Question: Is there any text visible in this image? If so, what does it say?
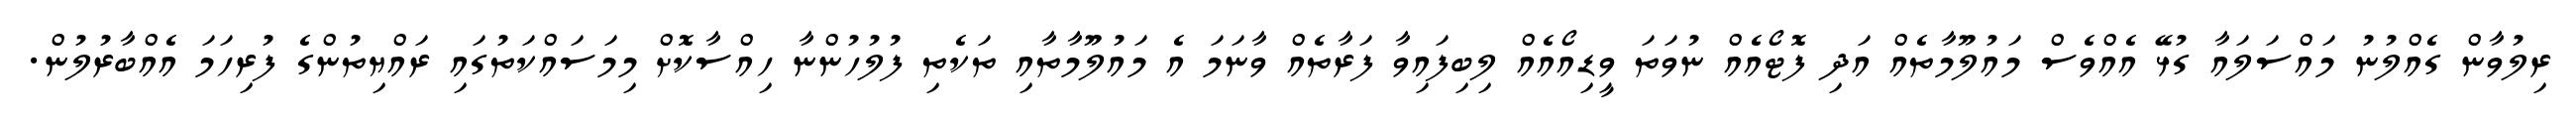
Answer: ރިލުވާން ގެއްލުނު މައްސަލައާ ގުޅޭ އެއްވެސް މައުލޫމާތެއް އަދި ފޮޓޯއެއް ނުވަތަ ވީޑިއޯއެއް ލިބިފައިވާ ފަރާތެއް ވާނަމަ އެ މައުލޫމާތާއި ތަކެތި ފުލުހުންނާ ހިއްސާކޮށް މިމަސައްކަތުގައި ރައްޔިތުންގެ ފުރިހަމަ އެއްބާރުލުން.